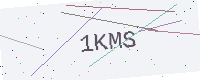
Text: 1KMS